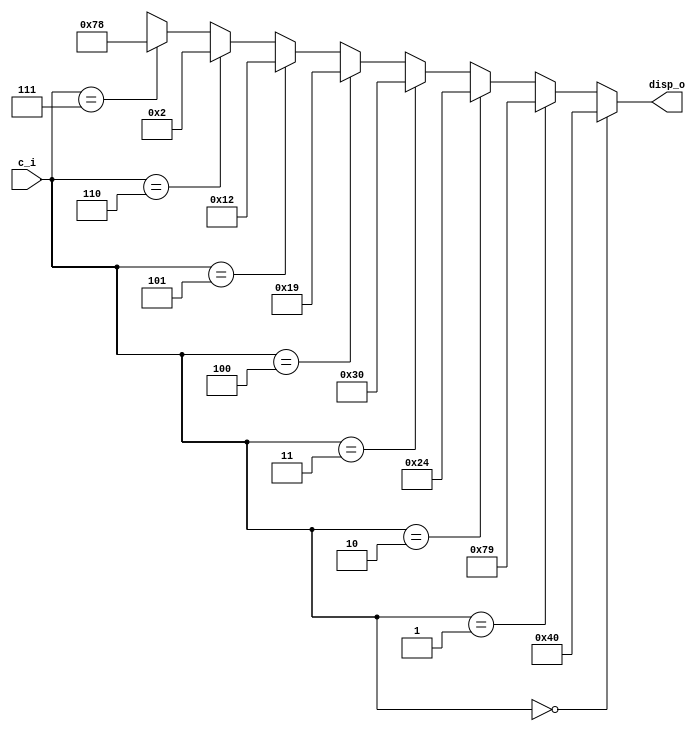
// CPEN230 lab 7 part 2, octal to 7-segment decoder
// Gabe DiMartino, 10/23/2023

module oct7seg (
  input  [2:0] c_i,      // 3-bit octal digit input
  output [6:0] disp_o);  // 7-bit output to a 7-segment display

  // 7-segment display segment # 6543210
  assign disp_o = (c_i == 3'd0) ? 7'b1000000 :
                  (c_i == 3'd1) ? 7'b1111001 :
                  (c_i == 3'd2) ? 7'b0100100 :
                  (c_i == 3'd3) ? 7'b0110000 :
                  (c_i == 3'd4) ? 7'b0011001 :
                  (c_i == 3'd5) ? 7'b0010010 :
                  (c_i == 3'd6) ? 7'b0000010 :
		  (c_i == 3'd7) ? 7'b1111000 :
		  7'bxxxxxxx;
endmodule